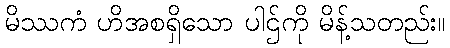
မိဿကံ ဟိအစရှိသော ပါဌ်ကို မိန့်သတည်း။